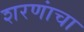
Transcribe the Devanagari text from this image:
शरणांचा